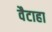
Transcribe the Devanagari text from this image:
वैटाहा